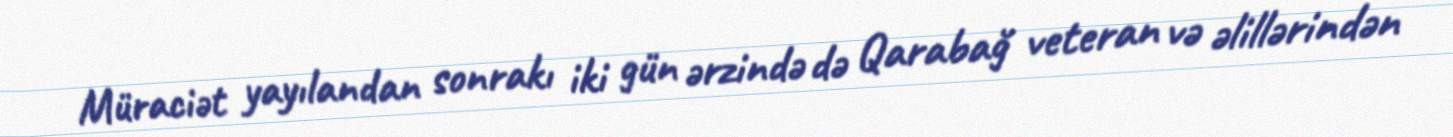
Müraciət yayılandan sonrakı iki gün ərzində də Qarabağ veteran və əlillərindən